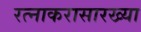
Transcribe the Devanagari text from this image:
रत्नाकरासारख्या